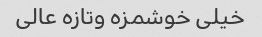
خیلی خوشمزه وتازه عالی